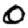
Digit: 0